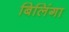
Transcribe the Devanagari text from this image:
बिलिंगा